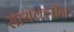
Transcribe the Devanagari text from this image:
सायक्लॉन